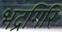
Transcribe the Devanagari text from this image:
भद्रगिरि